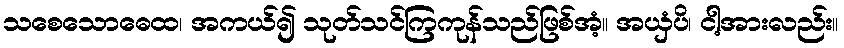
သစေသောဓေထ၊ အကယ်၍ သုတ်သင်ကြကုန်သည်ဖြစ်အံ့။ အယှံပိ၊ ငါ့အားလည်း။